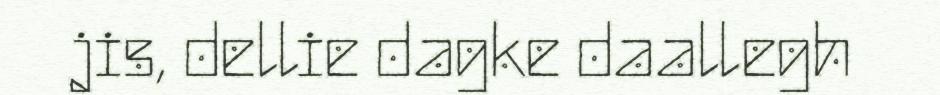
jis, dellie dagke daallegh